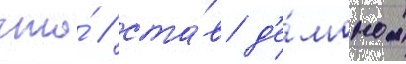
что́ / ста́в д'е́моном